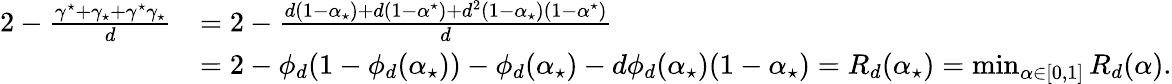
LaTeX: \begin{array}{rl}{2-\frac{\gamma^{\star}+\gamma_{\star}+\gamma^{\star}\gamma_{\star}}{d}}&{=2-\frac{d(1-\alpha_{\star})+d(1-\alpha^{\star})+d^{2}(1-\alpha_{\star})(1-\alpha^{\star})}{d}}\\ &{=2-\phi_{d}(1-\phi_{d}(\alpha_{\star}))-\phi_{d}(\alpha_{\star})-d\phi_{d}(\alpha_{\star})(1-\alpha_{\star})=R_{d}(\alpha_{\star})=\operatorname*{min}_{\alpha\in[0,1]}R_{d}(\alpha).}\end{array}